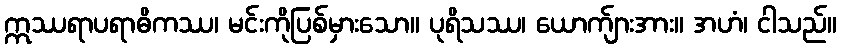
ဣဿရာပရာဓိကဿ၊ မင်းကိုပြစ်မှားသော။ ပုရိသဿ၊ ယောက်ျားအား။ အဟံ၊ ငါသည်။